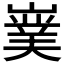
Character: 𭗘